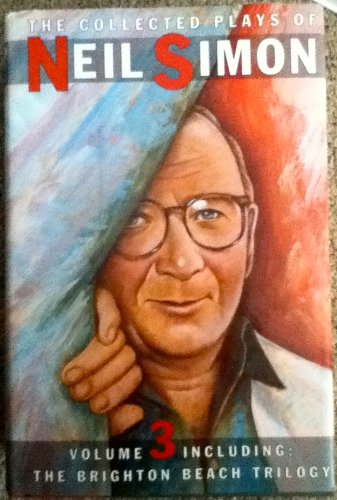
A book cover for The Collected Plays of Neil Simon, Vol. 3; Neil Simon; Literature & Fiction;